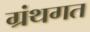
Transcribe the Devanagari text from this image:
ग्रंथगत